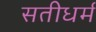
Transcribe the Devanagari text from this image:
सतीधर्म